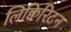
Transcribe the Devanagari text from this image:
लिक्विरिटन